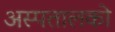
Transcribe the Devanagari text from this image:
अस्पतालको